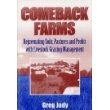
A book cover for Comeback Farms : Rejuvenating Soils, Pastures and Profits with Livestock Grazing Management; Greg Judy; Science & Math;